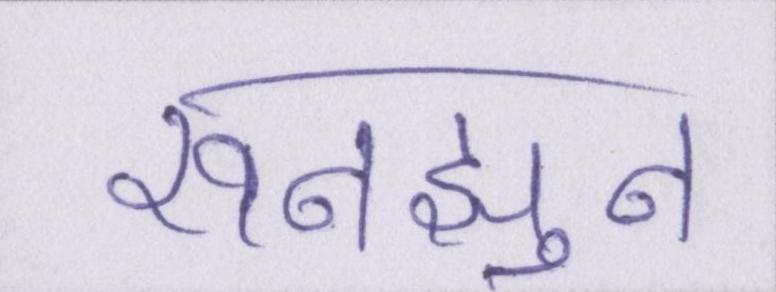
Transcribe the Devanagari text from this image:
रुनझुन